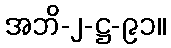
အဘိ-၂-ဋ္ဌ-၉၁။